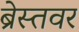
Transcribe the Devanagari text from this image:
ब्रेस्तवर